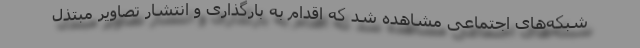
شبکه‌های اجتماعی مشاهده شد که اقدام به بارگذاری و انتشار تصاویر مبتذل